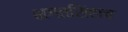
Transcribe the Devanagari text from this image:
भगतसिंहाच